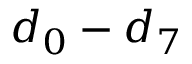
d _ { 0 } - d _ { 7 }